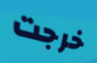
خرجت